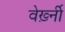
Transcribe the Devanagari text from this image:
वेर्ख़्नी